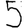
Digit: 5